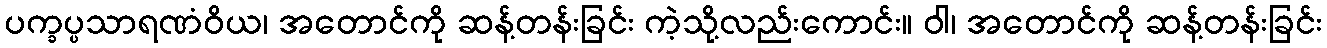
ပက္ခပ္ပသာရဏံဝိယ၊ အတောင်ကို ဆန့်တန်းခြင်း ကဲ့သို့လည်းကောင်း။ ဝါ၊ အတောင်ကို ဆန့်တန်းခြင်း